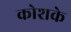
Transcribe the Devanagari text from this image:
कोशके